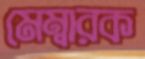
মেম্বারক